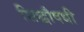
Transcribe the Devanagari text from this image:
सिद्धौषधी